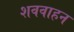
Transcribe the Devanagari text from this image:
शववाहन